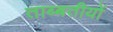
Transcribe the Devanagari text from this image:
ताब्बतीयों